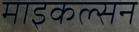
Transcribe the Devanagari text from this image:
माइकल्सन